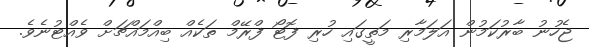
ޖެހުނު ބާރުކަމުން އަލަމާރި މަތީގައި ހުރި ފޮޓޯ ފްރޭމް ތަކެއް ބިއްމައްޗަށް ވެއްޓުނެވެ.